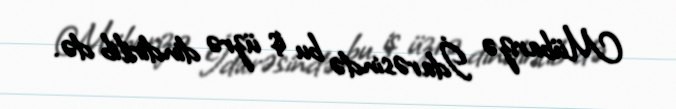
Mübarizə İdarəsində bu iş üzrə dindirilib də.